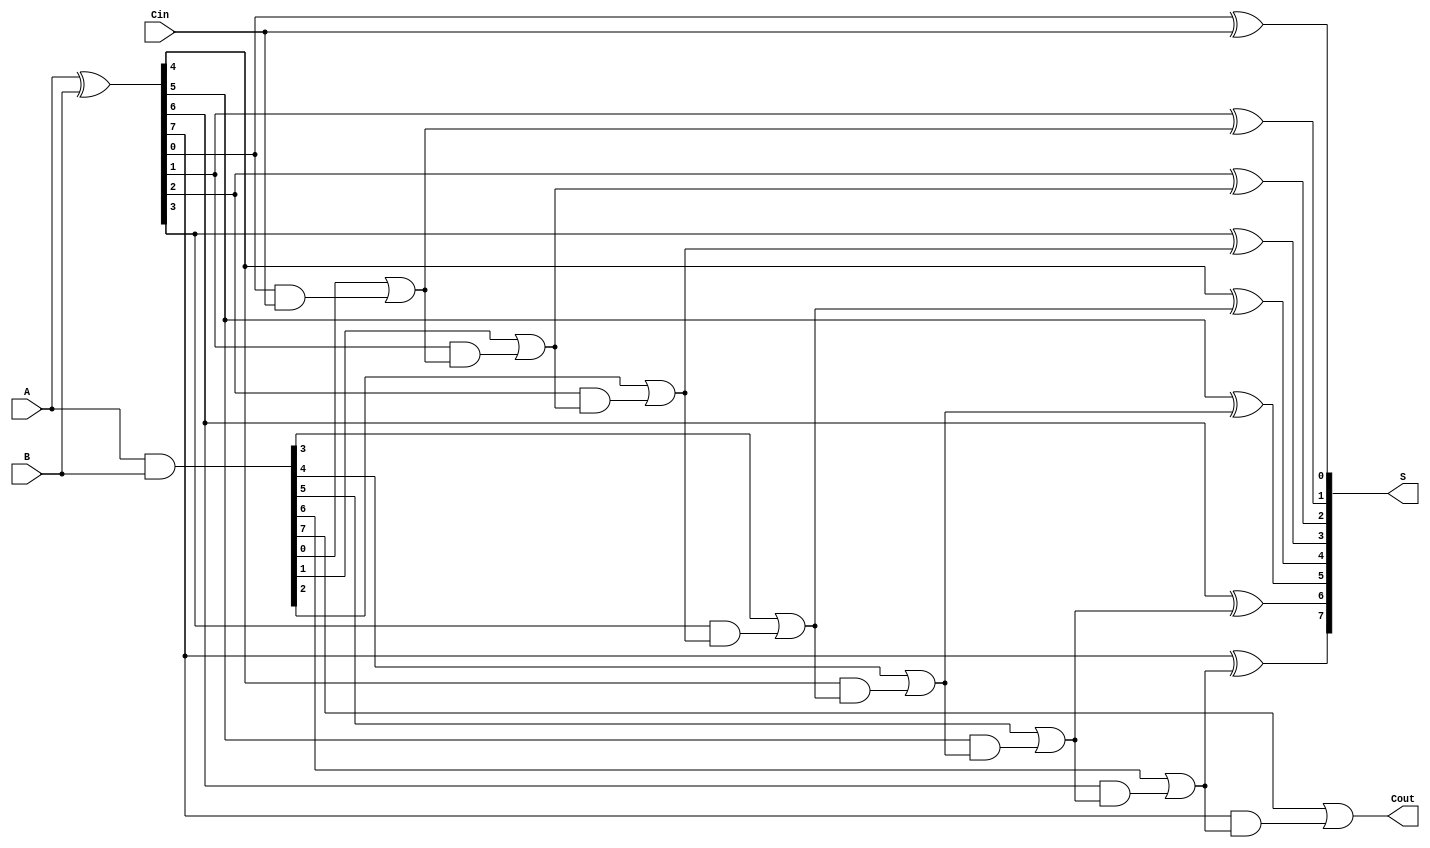
module BrentKungAdder #(parameter n = 8) (
    input [n-1:0] A,     // First n-bit input
    input [n-1:0] B,     // Second n-bit input
    input Cin,           // Carry-in
    output [n-1:0] S,    // Sum output
    output Cout          // Carry-out
);

    // Generate and propagate signals
    wire [n-1:0] G;      // Generate
    wire [n-1:0] P;      // Propagate
    wire [n:0] C;        // Carry signals

    // Generate and propagate calculations
    assign G = A & B;    // Generate
    assign P = A ^ B;    // Propagate

    // Carry initialization
    assign C[0] = Cin;    // Initial carry input

    // Brent-Kung carry computation
    genvar i, j;
    
    // Stage 1: Compute carries
    generate
        for (i = 1; i <= n; i = i + 1) begin : carry_stage
            assign C[i] = G[i-1] | (P[i-1] & C[i-1]);
        end
    endgenerate

    // Final sum calculation
    generate
        for (j = 0; j < n; j = j + 1) begin : sum_stage
            assign S[j] = P[j] ^ C[j];  // Sum calculation
        end
    endgenerate

    // Final carry-out
    assign Cout = C[n];  // Carry-out from the last carry signal

endmodule